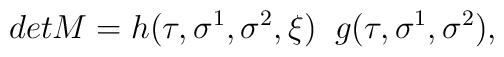
det M = h(\tau,\sigma^1,\sigma^2,\xi) \;\;g(\tau,\sigma^1,\sigma^2),\nonumber